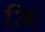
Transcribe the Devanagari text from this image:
आि